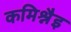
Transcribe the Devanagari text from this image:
कमिश्नैइ